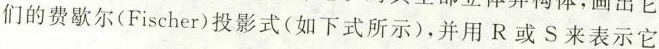
们的费歇尔（Fischer）投影式（如下式所示），并用R或S来表示它